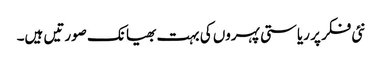
نئی فکر پر ریاستی پہروں کی بہت بھیانک صورتیں ہیں۔